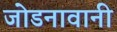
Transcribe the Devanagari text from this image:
जोडनावानी